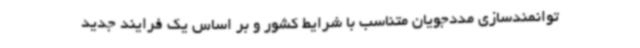
توانمندسازی مددجویان متناسب با شرایط کشور و بر اساس یک فرایند جدید